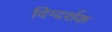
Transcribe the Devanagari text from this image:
दिग्‍दर्शक